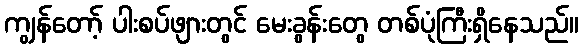
ကျွန်တော့် ပါးစပ်ဖျားတွင် မေးခွန်းတွေ တစ်ပုံကြီးရှိနေသည်။